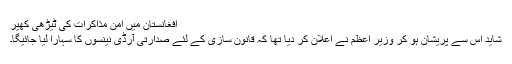
افغانستان میں امن مذاکرات کی ٹیڑھی کھیر
شاید اس سے پریشان ہو کر وزیر اعظم نے اعلان کر دیا تھا کہ قانون سازی کے لئے صدارتی آرڈی نینسوں کا سہارا لیا جائیگا۔